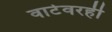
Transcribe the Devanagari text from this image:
वाटेवरही